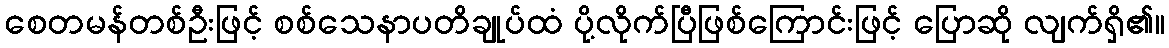
စေတမန်တစ်ဦးဖြင့် စစ်သေနာပတိချုပ်ထံ ပို့လိုက်ပြီဖြစ်ကြောင်းဖြင့် ပြောဆို လျက်ရှိ၏။